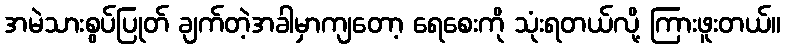
အမဲသားစွပ်ပြုတ် ချက်တဲ့အခါမှာကျတော့ ရေစေးကို သုံးရတယ်လို့ ကြားဖူးတယ်။